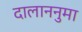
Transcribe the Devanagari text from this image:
दालाननुमा